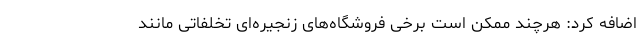
اضافه کرد: هرچند ممکن است برخی فروشگاه‌های زنجیره‌ای تخلفاتی مانند